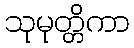
သုမုတ္တိကာ